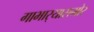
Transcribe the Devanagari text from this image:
गाभार्‍यासमोर